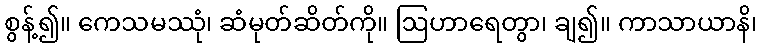
စွန့်၍။ ကေသမဿုံ၊ ဆံမုတ်ဆိတ်ကို။ ဩဟာရေတွာ၊ ချ၍။ ကာသာယာနိ၊